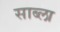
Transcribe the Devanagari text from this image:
साब्ला